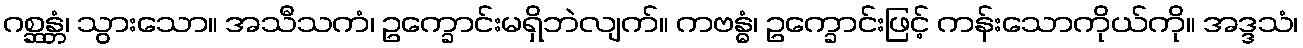
ဂစ္ဆန္တံ၊ သွားသော။ အသီသကံ၊ ဥက္ခောင်းမရှိဘဲလျက်။ ကဗန္ဓံ၊ ဥက္ခောင်းဖြင့် ကန်းသောကိုယ်ကို။ အဒ္ဒသံ၊